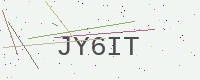
Text: JY6IT